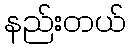
နည်းတယ်